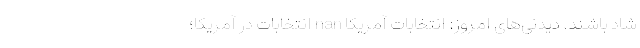
شاد باشند. دیدنی‌های امروز: انتخابات آمریکا nan انتخابات در آمریکا؛